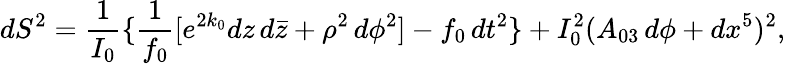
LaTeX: dS^{2}={\frac{1}{I_{0}}}\{ {\frac{1}{f_{0}}}[e^{2k_{0}}dz\, d{\bar{z}}+\rho^{2}\, d\phi^{2}]-f_{0}\, dt^{2}\} +I_{0}^{2}(A_{03}\, d\phi+dx^{5})^{2},